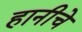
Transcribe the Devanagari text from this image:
हानीचे